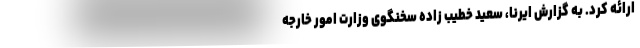
ارائه کرد. به گزارش ایرنا، سعید خطیب زاده سخنگوی وزارت امور خارجه